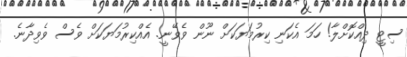
ސިޓީ ދިއްކޮށްލާ! ހަމަ އެކަނި ކިރުމަޔަކަށް ނޫން ވެވޭނީ. އެއްކިރުމަޔަކަށް ވެސް ވެވިދާނެ.